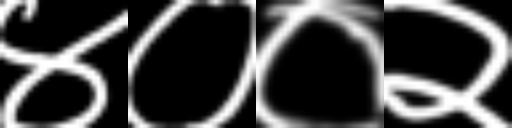
Text: ४००२